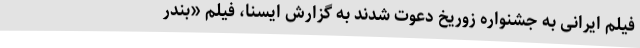
فیلم ایرانی به جشنواره زوریخ دعوت شدند به گزارش ایسنا، فیلم «بندر